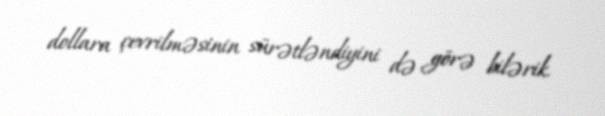
dollara çevrilməsinin sürətləndiyini də görə bilərik.